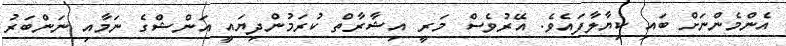
އެންމެންނަށް ބައި ކިޔާލާފައެވެ. އޭރުވެސް މަރީ އިޝާރާތް ކުރަމުންދިޔައީ އަންޝްގެ ނަމާއި ނަންބަރު